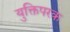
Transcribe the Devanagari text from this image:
युक्तिपरक